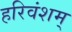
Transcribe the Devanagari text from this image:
हरिवंशम्